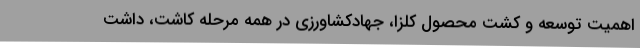
اهمیت توسعه و کشت محصول کلزا، جهادکشاورزی در همه مرحله کاشت، داشت